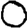
Digit: 0